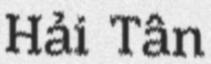
Hải Tân